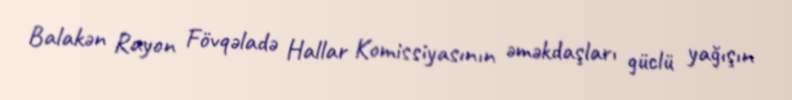
Balakən Rayon Fövqəladə Hallar Komissiyasının əməkdaşları güclü yağışın